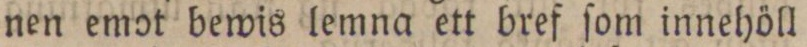
nen emot bewis lemna ett bref ſom innehöll